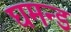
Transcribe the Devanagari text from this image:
घमन्ड